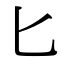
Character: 匕